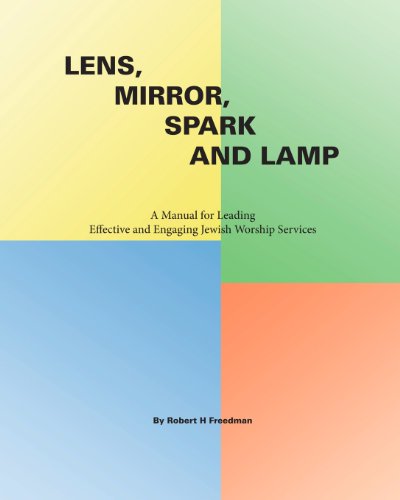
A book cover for Lens, Mirror, Spark and Lamp: A Manual for Leading Effective and Engaging Jewish Worship Services; Robert H Freedman; Religion & Spirituality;